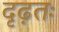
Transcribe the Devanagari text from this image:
दृढ़तः